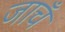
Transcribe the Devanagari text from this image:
जाचँ